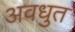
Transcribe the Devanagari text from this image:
अवधुत